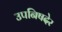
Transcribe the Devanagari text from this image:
उपनिषदेर